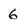
Character: 6